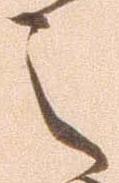
之